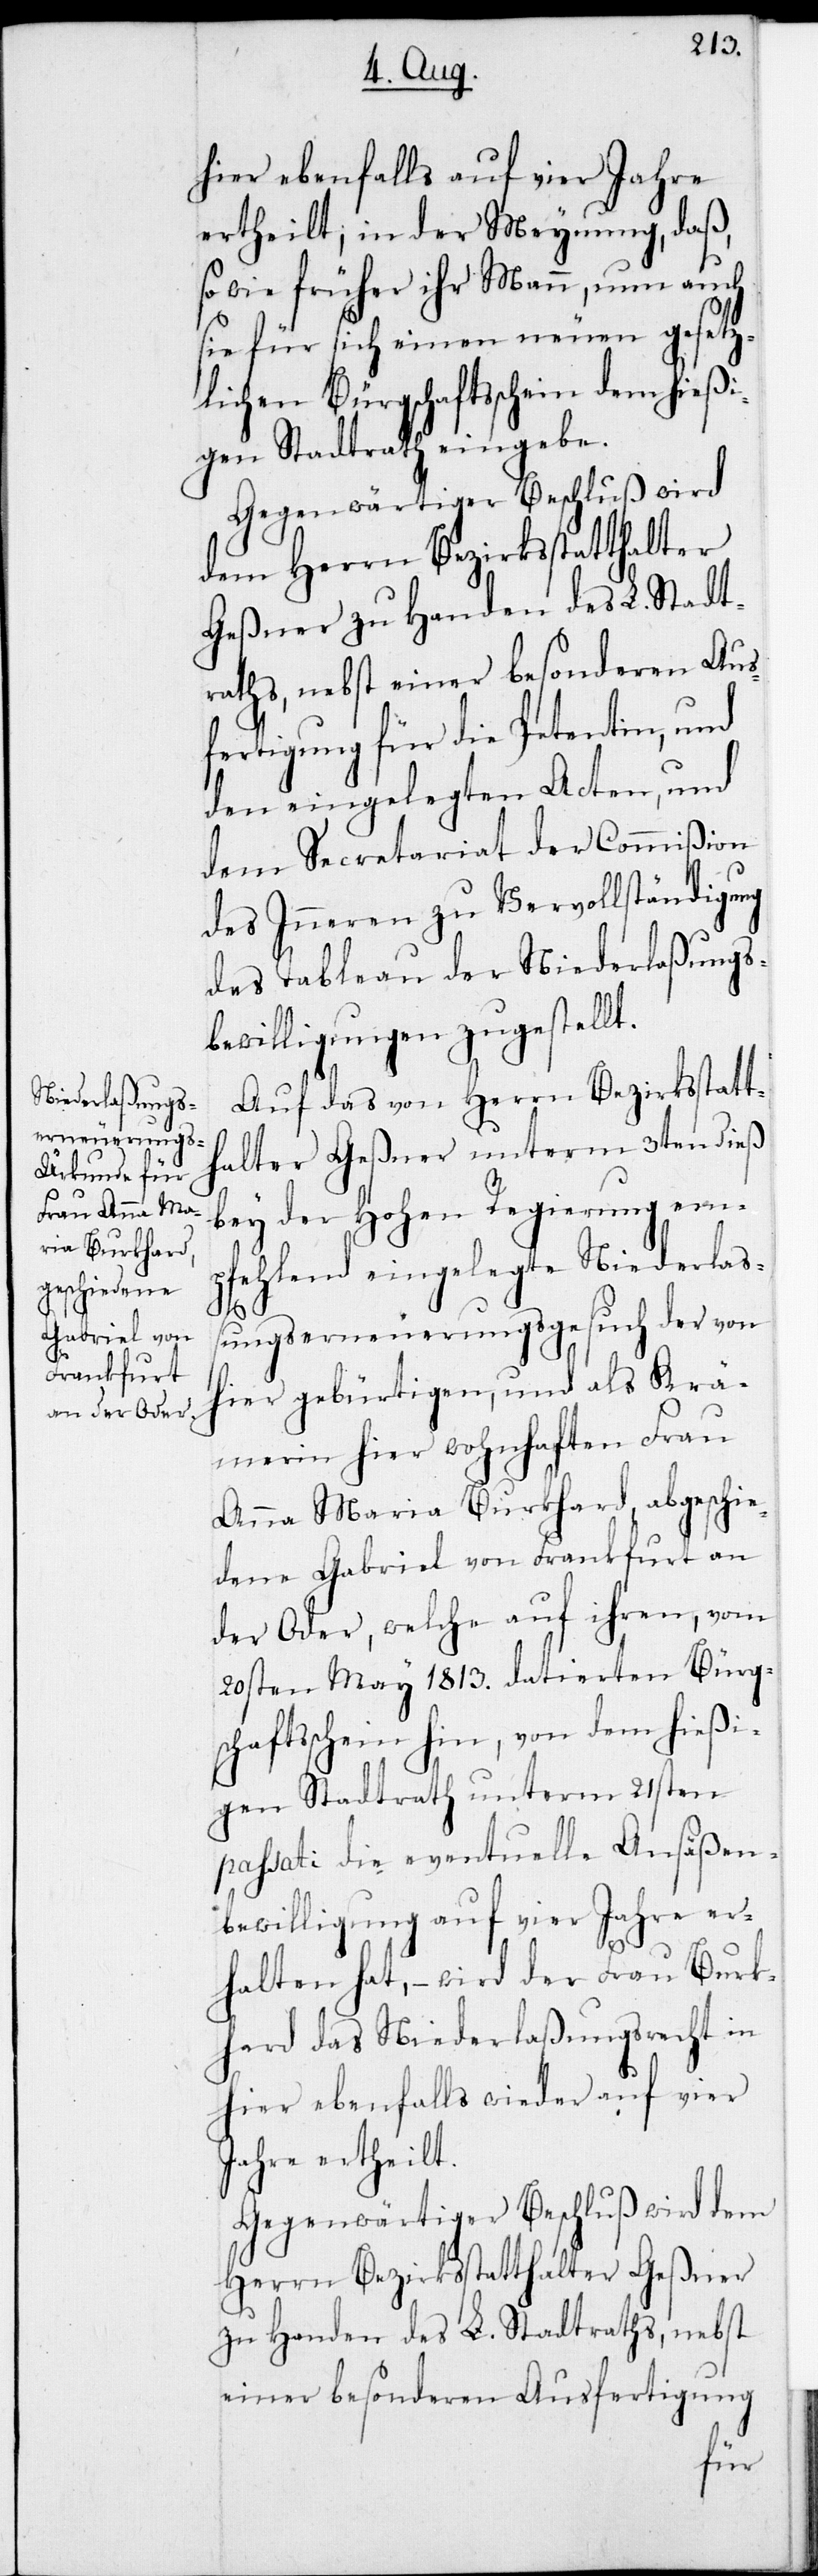
hier ebenfalls auf vier Jahre
ertheilt; in der Meynung, daß,
wie früher ihr Mann, nun auch
sie für sich einen neuen gesetz¬
lichen Bürgschaftsschein dem hießi¬
gen Stadtrath eingebe.
Gegenwärtiger Beschluß wird
dem Herrn Bezirksstatthalter
Geßner zu Handen des L. Stadt¬
raths, nebst einer besonderen Aus¬
fertigung für die Petentin, und
den eingelegten Acten, und
dem Secretariat der Commißion
des Inneren zu Vervollständigung
des Tableau der Niederlaßungs¬
bewilligungen zugestellt.
Auf das von Herrn Bezirksstatt¬
halter Geßner unterm 3ten dieß
bey der Hohen Regierung em¬
pfehlend eingelegte Niederlaß¬
ungserneuerungsgesuch der von
hier gebürtigen, und als Krä¬
merin hier wohnhaften Frau
Anna Maria Burkhard, abgeschie¬
dene Gabriel von Frankfurt an
der Oder, welche auf ihren, vom
20sten May 1813. datierten Bürg¬
schaftsschein hin, von dem hießi¬
gen Stadtrath unterm 21sten
passati die eventuelle Ansäßen¬
bewilligung auf vier Jahre er¬
halten hat, wird der Frau Burk¬
hard das Niederlaßungsrecht in
hier ebenfalls wieder auf vier
Jahre erteilt.
Gegenwärtiger Beschluß wird dem
Herrn Bezirksstatthalter Geßner
zu Handen des L. Stadtraths, nebst
einer besonderen Ausfertigung